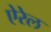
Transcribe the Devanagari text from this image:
ऐरेल